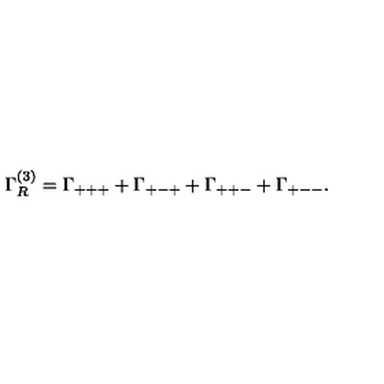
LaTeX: \Gamma _ { R } ^ { ( 3 ) } = \Gamma _ { + + + } + \Gamma _ { + - + } + \Gamma _ { + + - } + \Gamma _ { + -- } .